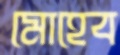
মোহেব